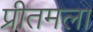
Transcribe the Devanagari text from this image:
प्रीतमला